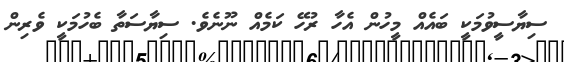
ސިޔާސީވުމަކީ ބައެއް މީހުން އެހާ ރުހޭ ކަމެއް ނޫނެވެ. ސިޔާސަތާ ބެހުމަކީ ވެރިން